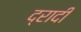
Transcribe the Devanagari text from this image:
द्रादी